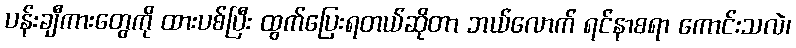
ပန်းချီကားတွေကို ထားပစ်ပြီး ထွက်ပြေးရတယ်ဆိုတာ ဘယ်လောက် ရင်နာစရာ ကောင်းသလဲ၊